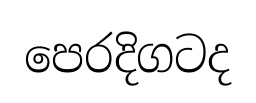
පෙරදිගටද